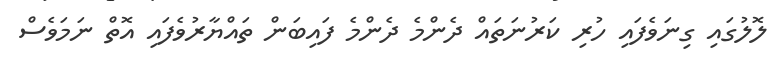
ލޮލުގައި ގިނަވެފައި ހުރި ކަރުނަތައް ދެންމެ ދެންމެ ފައިބަން ތައްޔާރުވެފައި އޮތް ނަމަވެސް